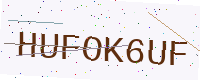
Text: HUFOK6UF